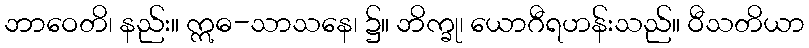
ဘာဝေတိ၊ နည်း။ ဣဓ-သာသနေ၊ ၌။ ဘိက္ခု၊ ယောဂီရဟန်းသည်။ ဝီသတိယာ